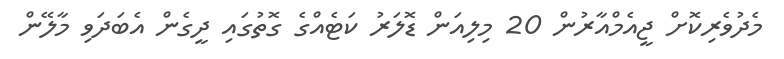
މެދުވެެރިކޮށް ޖީއެމްއާރުން 20 މިިލިއަން ޑޮލަރު ކަޓެއްގެ ގޮތުގައި ދީގެން އެބަދަވި މާލޭން